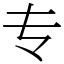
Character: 专